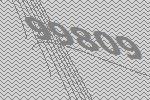
99809